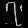
Digit: ၇